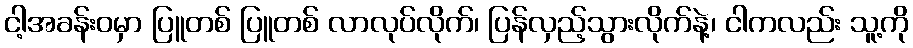
ငါ့အခန်းဝမှာ ပြူတစ် ပြူတစ် လာလုပ်လိုက်၊ ပြန်လှည့်သွားလိုက်နဲ့၊ ငါကလည်း သူ့ကို